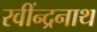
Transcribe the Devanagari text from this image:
रवींन्द्रनाथ